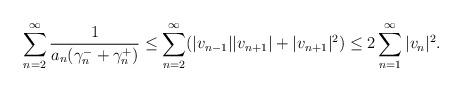
LaTeX: \begin{align*} \sum_{n=2}^\infty \frac{1}{a_n(\gamma_n^-+\gamma_n^+)} \le \sum_{n=2}^\infty (|v_{n-1}||v_{n+1}|+|v_{n+1}|^2) \le 2 \sum_{n=1}^\infty |v_n|^2. \end{align*}